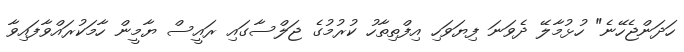
ހަދަންޖެހޭނެ" ހުޅުމާލޭ ދެވަނަ ފިޔަވަހި އިފްތިތާހު ކުރުމުގެ ޖަލްސާގައި ރައީސް ޔާމީން ހާމަކުރައްވާފައިވާ